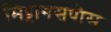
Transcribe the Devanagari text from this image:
मिट्टागसपौस